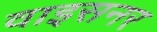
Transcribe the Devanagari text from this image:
वाइसनर